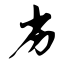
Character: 劣